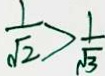
\frac { 1 } { \sqrt { 2 } } > \frac { 1 } { \sqrt { 3 } }